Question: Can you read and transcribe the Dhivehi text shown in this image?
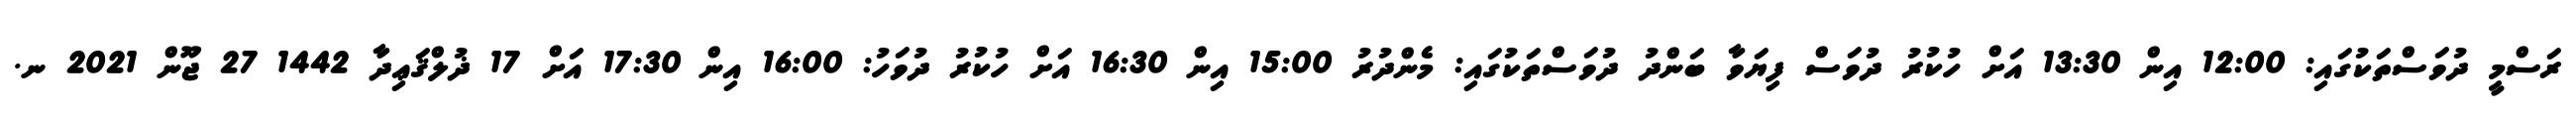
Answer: ރަސްމީ ދުވަސްތަކުގައި: 12:00 އިން 13:30 އަށް ހުކުރު ދުވަސް ފިޔަވާ ބަންދު ދުވަސްތަކުގައި: މެންދުރު 15:00 އިން 16:30 އަށް ހުކުރު ދުވަހު: 16:00 އިން 17:30 އަށް 17 ޛުލްޤަޢިދާ 1442 27 ޖޫން 2021 ނ.